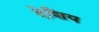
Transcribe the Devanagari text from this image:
देशिय